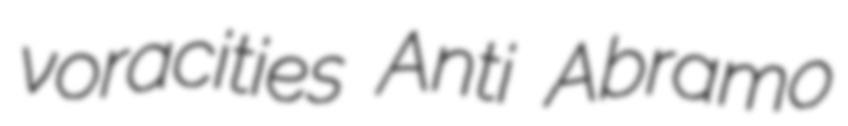
voracities Anti Abramo